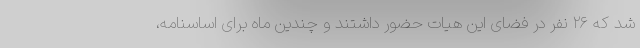
شد که ۲۶ نفر در فضای این هیات حضور داشتند و چندین ماه برای اساسنامه،